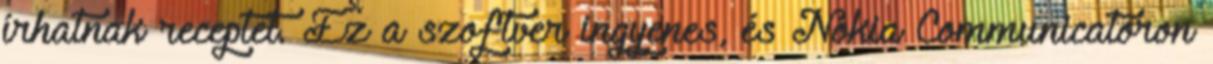
írhatnak receptet. Ez a szoftver ingyenes, és Nokia Communicatoron